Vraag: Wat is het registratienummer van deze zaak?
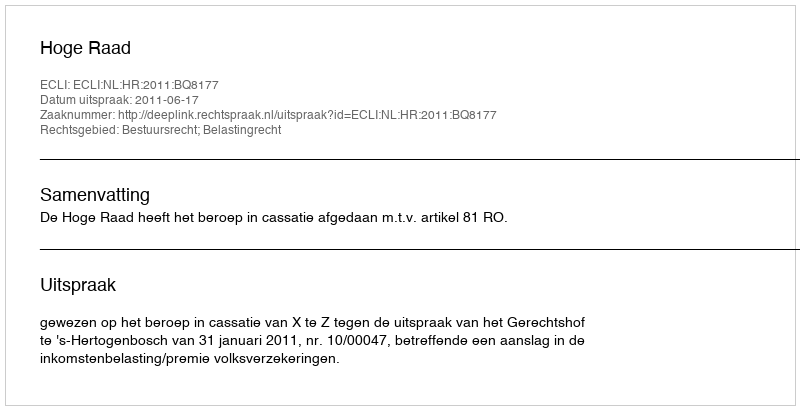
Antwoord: http://deeplink.rechtspraak.nl/uitspraak?id=ECLI:NL:HR:2011:BQ8177